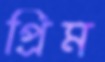
প্রিম